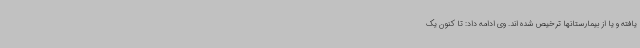
یافته و یا از بیمارستانها ترخیص شده اند. وی ادامه داد: تا کنون یک